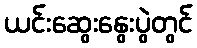
ယင်းဆွေးနွေးပွဲတွင်